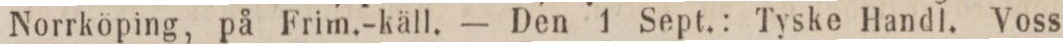
Norrköping, på Frim.-käll. — Den 1 Sept.: Tyske Handl. Voss